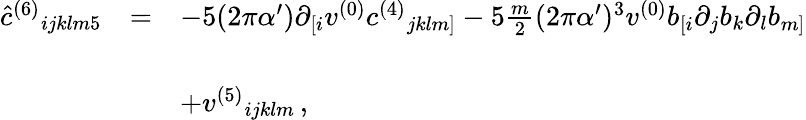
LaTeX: \begin{array}{rcl}{{{\hat{c}}^{(6)}{}_{ijklm5}}}&{{=}}&{{-5(2\pi\alpha^{\prime})\partial_{[i}v^{(0)}c^{(4)}{}_{jklm]}-5{\textstyle\frac{m}{2}}(2\pi\alpha^{\prime})^{3}v^{(0)}b_{[i}\partial_{j}b_{k}\partial_{l}b_{m]}}}\\ {{}}&{{}}&{{}}\\ {{}}&{{}}&{{+v^{(5)}{}_{ijklm}\, ,}}\end{array}